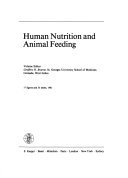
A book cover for Human Nutrition and Animal Feeding (World Review of Nutrition and Dietetics, Vol. 37) (v. 37); Medical Books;